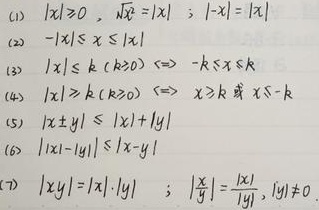
(1) $|x|\geqslant 0$, $\sqrt{x^{2}} = |x|$; $|-x| = |x|$
(2) $-|x|\leqslant x\leqslant|x|$
(3) $|x|\leqslant k\ (k\geqslant0)\Leftrightarrow -k\leqslant x\leqslant k$
(4) $|x|\geqslant k\ (k\geqslant0)\Leftrightarrow x\geqslant k$ 或 $x\leqslant -k$
(5) $|x\pm y|\leqslant|x| + |y|$
(6) $||x|-|y||\leqslant|x - y|$
(7) $|xy| = |x|\cdot|y|$; $\left|\frac{x}{y}\right|=\frac{|x|}{|y|},(y\neq0)$